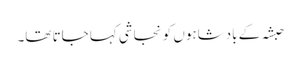
حبشہ کے بادشاہوں کو نجاشی کہا جاتا تھا۔